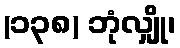
(၁၃၈) ဘုံလျှို၊